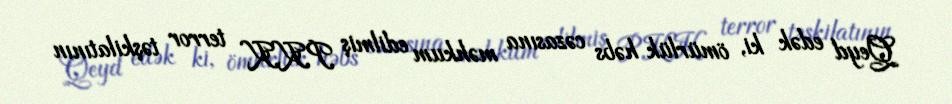
Qeyd edək ki, ömürlük həbs cəzasına məhkum edilmiş PKK terror təşkilatının